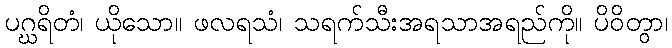
ပဂ္ဃရိတံ၊ ယိုသော။ ဖလရသံ၊ သရက်သီးအရသာအရည်ကို။ ပိဝိတွာ၊